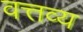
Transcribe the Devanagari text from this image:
वत्तव्य